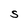
Character: S